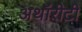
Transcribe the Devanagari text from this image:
अथॉरीटी